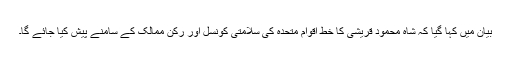
بیان میں کہا گیا کہ شاہ محمود قریشی کا خط اقوام متحدہ کی سلامتی کونسل اور رکن ممالک کے سامنے پیش کیا جائے گا۔